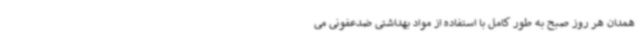
همدان هر روز صبح به طور کامل با استفاده از مواد بهداشتی ضدعفونی می